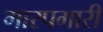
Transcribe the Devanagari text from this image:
गारपगारी